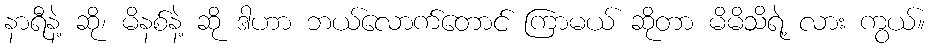
နာရီနဲ့ ဆို၊ မိနစ်နဲ့ ဆို ဒါဟာ ဘယ်လောက်တောင် ကြာမယ် ဆိုတာ မိမိသိရဲ့ လား ကွယ်။